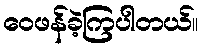
ဝေဖန်ခဲ့ကြပါတယ်။